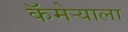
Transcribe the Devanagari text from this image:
कॅमेर्‍याला